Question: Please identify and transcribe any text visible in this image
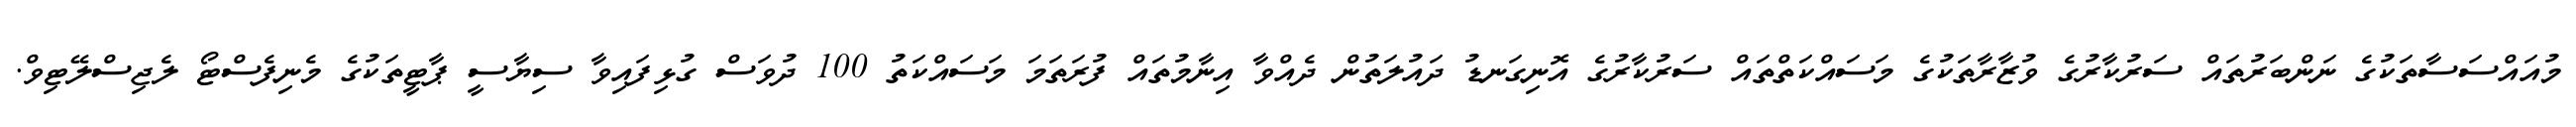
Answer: މުއައްސަސާތަކުގެ ނަންބަރުތައް ސަރުކާރުގެ ވުޒާރާތަކުގެ މަސައްކަތްތައް ސަރުކާރުގެ އޮނިގަނޑު ދައުލަތުން ދެއްވާ އިނާމުތައް ފުރަތަމަ މަސައްކަތު 100 ދުވަސް ގުޅިފައިވާ ސިޔާސީ ޕާޓީތަކުގެ މެނިފެސްޓޯ ލެޖިސްލޭޓިވް.